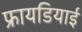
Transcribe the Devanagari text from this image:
फ्रायडियाई